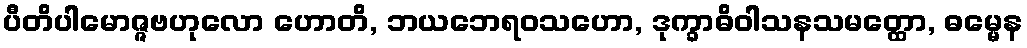
ပီတိပါမောဇ္ဇဗဟုလော ဟောတိ, ဘယဘေရဝသဟော, ဒုက္ခာဓိဝါသနသမတ္ထော, ဓမ္မေန